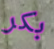
بكر